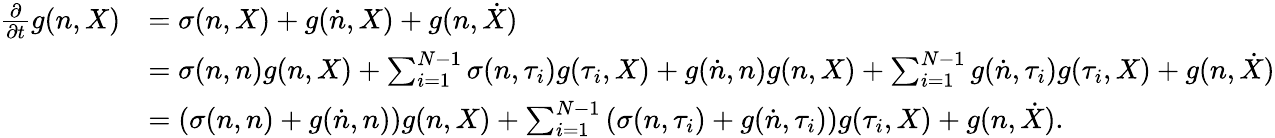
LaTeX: \begin{array}{rl}{\frac{\partial}{\partial t}g(n,X)}&{=\sigma(n,X)+g(\dot{n},X)+g(n,\dot{X})}\\ &{=\sigma(n,n)g(n,X)+\sum_{i=1}^{N-1}\sigma(n,\tau_{i})g(\tau_{i},X)+g(\dot{n},n)g(n,X)+\sum_{i=1}^{N-1}g(\dot{n},\tau_{i})g(\tau_{i},X)+g(n,\dot{X})}\\ &{=\left(\sigma(n,n)+g(\dot{n},n)\right)g(n,X)+\sum_{i=1}^{N-1}\left(\sigma(n,\tau_{i})+g(\dot{n},\tau_{i})\right)g(\tau_{i},X)+g(n,\dot{X}).}\end{array}